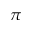
\pi